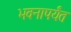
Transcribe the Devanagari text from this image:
भवनापर्यंत